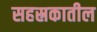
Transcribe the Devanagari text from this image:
सहस्रकातील